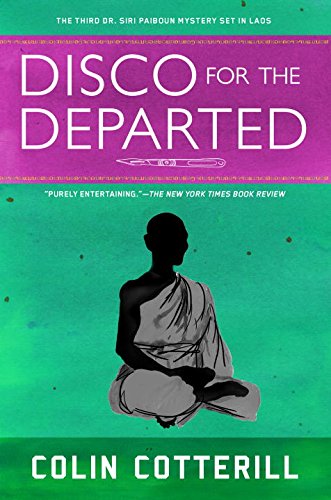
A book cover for Disco for the Departed (A Dr. Siri Paiboun Mystery); Colin Cotterill; Literature & Fiction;